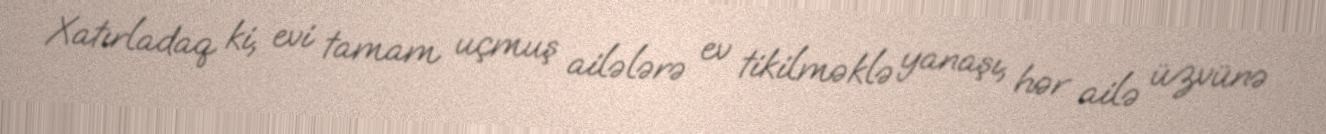
Xatırladaq ki, evi tamam uçmuş ailələrə ev tikilməklə yanaşı, hər ailə üzvünə